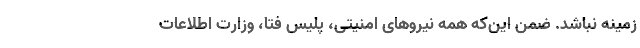
زمینه نباشد. ضمن این‌که همه نیروهای امنیتی، پلیس فتا، وزارت اطلاعات